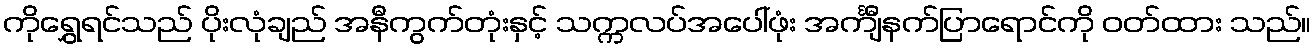
ကိုရွှေရင်သည် ပိုးလုံချည် အနီကွက်တုံးနှင့် သက္ကလပ်အပေါ်ဖုံး အင်္ကျီနက်ပြာရောင်ကို ဝတ်ထား သည်။